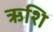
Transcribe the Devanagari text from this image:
ऋशि